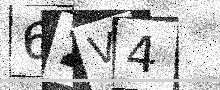
Text: 62V4